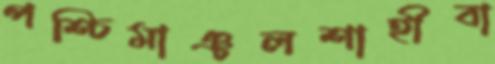
পশ্চিমাঞ্চলশাহীবা